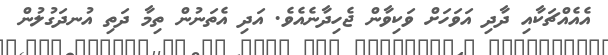
އެއެއްޗަކާއި ދާދި އަވަހަށް ވަކިވާން ޖެހިދާނެއެވެ. އަދި އެތަނުން ތިމާ ދަތި އުނދަގުލުން